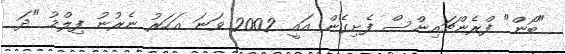
"ބޯން" ފްރެންޗައިންސް ފެށިގެން އައީ 2002 ވަނަ އަހަރު ނެރުނު ފިލްމު "ދަ